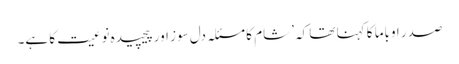
صدر اوباما کا کہنا تھا کہ ’شام کا مسئلہ دل سوز اور پیچیدہ نوعیت کا ہے۔